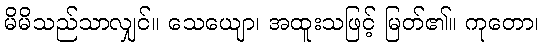
မိမိသည်သာလျှင်။ သေယျော၊ အထူးသဖြင့် မြတ်၏။ ကုတော၊